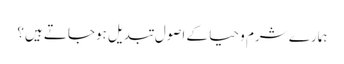
ہمارے شرم و حیا کے اصول تبدیل ہوجاتے ہیں؟